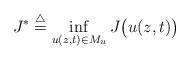
LaTeX: \begin{align*} J^{*} \overset{\triangle}{=} \inf_{u(z,t)\in M_{u}}J\big(u(z,t)\big)\end{align*}